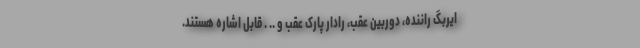
ایربگ راننده، دوربین عقب، رادار پارک عقب و .. . قابل اشاره هستند.